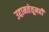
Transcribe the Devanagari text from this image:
उद्दामतेतूनही